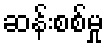
ဆန်းစစ်မှု